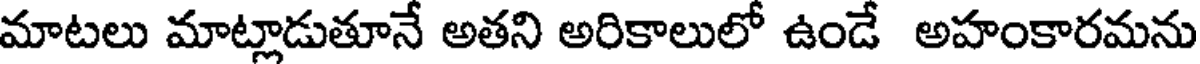
మాటలు మాట్లాడుతూనే అతని అరికాలులో ఉండే అహంకారమను